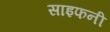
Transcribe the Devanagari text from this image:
साइफनी